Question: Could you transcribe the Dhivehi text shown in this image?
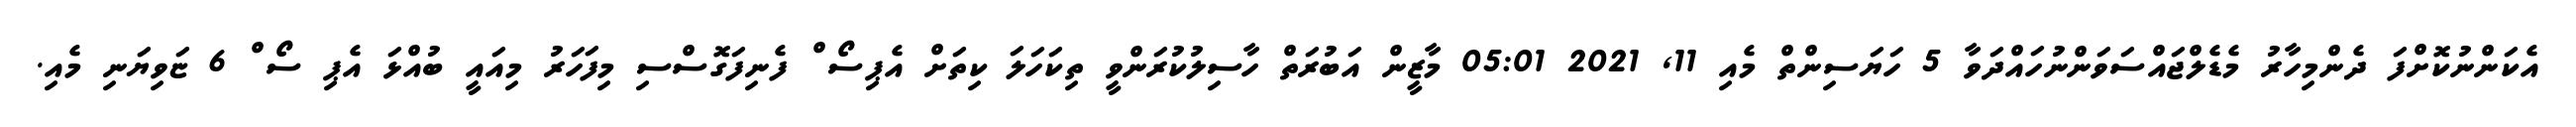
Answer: އެކަންނުކޮށްފަ ދެންމިހާރު މެޑެލްޖައްސަވަންނުހައްދަވާ 5 ހަޔަސިންތް މެއި 11, 2021 05:01 މާޒީން އަބުރަތް ހާސިލުކުރަންވީ ތިކަހަލަ ކިތަށް އެޕިސޯޱް ފެނިފަގޮސްސި މިފަހަރު މިއައީ ބުއްޅަ އެޕި ސޯޱް 6 ޏަވިޔަނި މެއި.